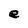
Character: e